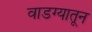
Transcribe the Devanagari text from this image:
वाडग्यातून